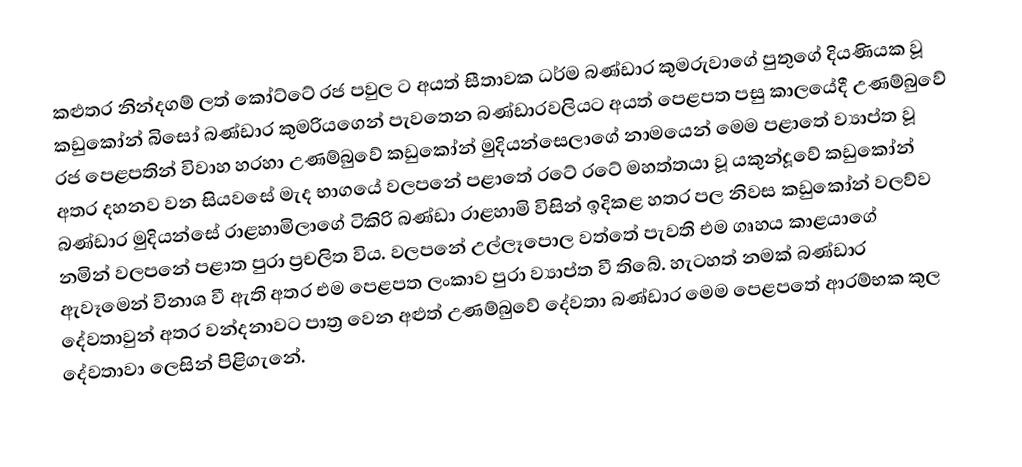
කළුතර නින්දගම් ලත් කෝට්ටේ රජ පවුල ට අයත් සීතාවක ධර්ම බණ්ඩාර  කුමරුවාගේ පුතුගේ දියණියක වූ කඩුකෝන් බිසෝ බණ්ඩාර කුමරියගෙන් පැවතෙන බණ්ඩාරවලියට අයත් පෙළපත පසු කාලයේදී උණම්බුවේ රජ පෙළපතින් විවාහ හරහා උණම්බුවේ කඩුකෝන් මුදියන්සෙලාගේ නාමයෙන් මෙම පළාතේ ව්‍යාප්ත වූ අතර දහනව වන සියවසේ මැද භාගයේ වලපනේ පළාතේ රටේ රටේ මහත්තයා වූ යකුන්දූවේ කඩුකෝන් බණ්ඩාර මුදියන්සේ රාළහාමිලාගේ ටිකිරි බණ්ඩා  රාළහාමි විසින් ඉදිකළ හතර පල නිවස කඩුකෝන් වලව්ව නමින් වලපනේ පළාත පුරා ප්‍රචලිත විය. වලපනේ උල්ලෑපොල වත්තේ පැවති එම ගෘහය කාළයාගේ ඇවෑමෙන් විනාශ වී ඇති අතර එම පෙළපත ලංකාව පුරා ව්‍යාප්ත වී තිබේ. හැටහත් නමක් බණ්ඩාර දේවතාවුන් අතර වන්දනාවට පාත්‍ර වෙන අළුත්  උණම්බුවේ දේවතා බණ්ඩාර මෙම  පෙළපතේ ආරම්භක කුල දේවතාවා ලෙසින් පිළිගැනේ.